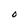
Character: O